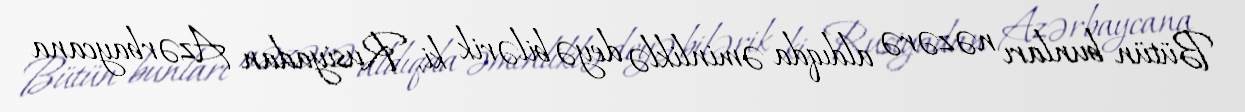
Bütün bunları nəzərə aldıqda əminliklə deyə bilərik ki, Rusiyadan Azərbaycana